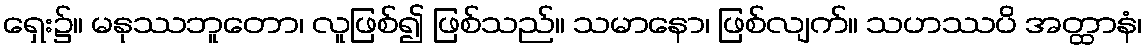
ရှေး၌။ မနုဿဘူတော၊ လူဖြစ်၍ ဖြစ်သည်။ သမာနော၊ ဖြစ်လျက်။ သဟဿပိ အတ္ထာနံ၊